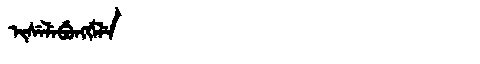
Manchu: ᡳᠰᡝᠯᡝᠪᡠᠩᡤᡝᠯᡝ
Romanization: ISELEBUNGGELE